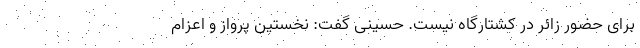
برای حضور زائر در کشتارگاه نیست. حسینی گفت: نخستین پرواز و اعزام